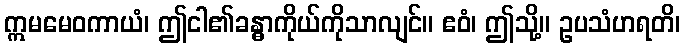
ဣမမေဝကာယံ၊ ဤငါ၏ခန္ဓာကိုယ်ကိုသာလျင်။ ဧဝံ၊ ဤသို့။ ဥပသံဟရတိ၊